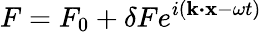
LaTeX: F=F_{0}+\delta Fe^{i\left(\textbf{k}\boldsymbol{\cdot}\textbf{x}-\omega t\right)}